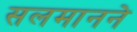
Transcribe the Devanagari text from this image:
सलमानने